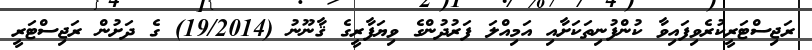
ރަޖިސްޓަރީކުރެވިފައިވާ ކުންފުނިތަކަށާއި އަމިއްލަ ފަރުދުންގެ ވިޔަފާރީގެ ޤާނޫނު (19/2014) ގެ ދަށުން ރަޖިސްޓަރީ